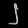
Digit: ၂